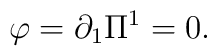
\varphi  = \partial _1 \Pi ^1  = 0.